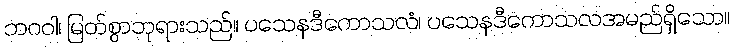
ဘဂဝါ၊ မြတ်စွာဘုရားသည်။ ပသေနဒီကောသလံ၊ ပသေနဒီကောသလအမည်ရှိသော။